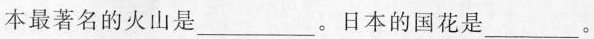
日本最著名的火山是___。日本的国花是___。